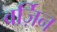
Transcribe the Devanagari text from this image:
वर्ज़िन